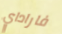
فاراداي